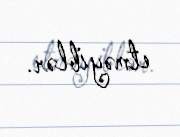
etməyiblər.